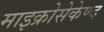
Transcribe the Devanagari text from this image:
माइक्रोसेकेण्द